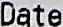
DATE